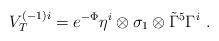
LaTeX: \begin{align*}V_T^{(-1)i} = e^{-\Phi}\eta^i\otimes \sigma_1 \otimes \tilde\Gamma^5\Gamma^i\ .\end{align*}